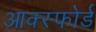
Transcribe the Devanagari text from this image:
आक्स्फोर्ड